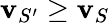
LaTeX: \mathbf{v}_{S^{\prime}}\geq\mathbf{v}_{S}